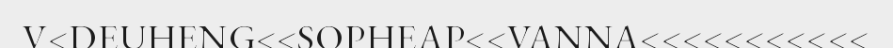
V<DEUHENG<<SOPHEAP<<VANNA<<<<<<<<<<<